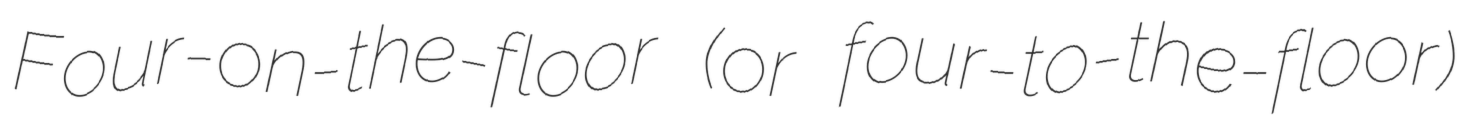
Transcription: Four-on-the-floor (or four-to-the-floor)